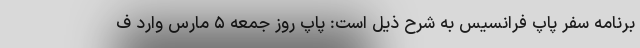
برنامه سفر پاپ فرانسیس به شرح ذیل است: پاپ روز جمعه ۵ مارس وارد ف